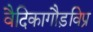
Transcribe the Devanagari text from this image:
वैदिकागौड़विप्र